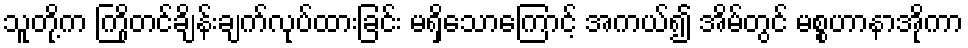
သူတို့က ကြိုတင်ချိန်းချက်လုပ်ထားခြင်း မရှိသောကြောင့် အကယ်၍ အိမ်တွင် မစ္စဟာနာအိုကာ